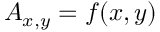
A _ { x , y } = f ( x , y )